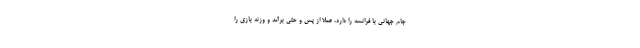
جام جهانی با فرانسه را دارد، عملاً از پس و حتی برآمد و وزنه بازی را